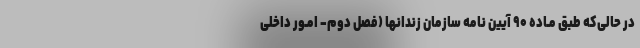
در حالی‌که طبق مـاده ۹۰ آیین نامه سازمان زندانها (فصل دوم- امـور داخلی